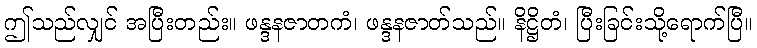
ဤသည်လျှင် အပြီးတည်း။ ဖန္ဒနဇာတကံ၊ ဖန္ဒနဇာတ်သည်။ နိဋ္ဌိတံ၊ ပြီးခြင်းသို့ရောက်ပြီ။